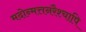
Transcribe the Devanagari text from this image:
मदोन्मत्तनरैश्‍चापि